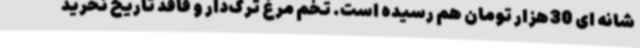
شانه ای 30هزار تومان هم رسیده است. تخم مرغ ترک‌دار و فاقد تاریخ نخرید